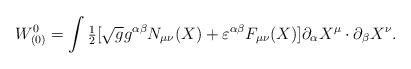
LaTeX: \begin{align*}W^0_{(0)}=\int \mbox{\small{$\frac 12$}}[\sqrt{g} g^{\alpha\beta}N_{\mu\nu}(X)+\varepsilon^{\alpha\beta}F_{\mu\nu}(X)]\partial_\alpha X^\mu \cdot \partial_\beta X^\nu.\end{align*}